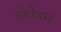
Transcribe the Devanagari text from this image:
डोकेवर